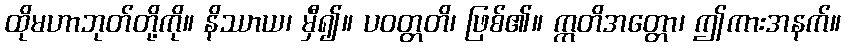
ထိုမဟာဘုတ်တို့ကို။ နိဿာယ၊ မှီ၍။ ပဝတ္တတိ၊ ဖြစ်၏။ ဣတိအတ္တော၊ ဤကားအနက်။